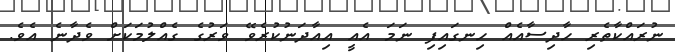
ނުރައްކާތެރި ހާދިސާއެއް ހިނގައިފި ނަމަ އެއީ އިއާދަނުކުރެވޭ ވަރުގެ ގެއްލުމަކަށް ވެދާނެ އެވެ.